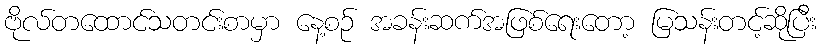
ဗိုလ်တထောင်သတင်းစာမှာ နေ့စဉ် အခန်းဆက်အဖြစ်ရေးတော့ မြသန်းတင့်ဆိုပြီး